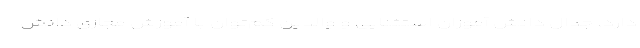
دارد. جدال دانش آموزان استثنایی و والدین کم‌توان با آموزش مجازی دانش